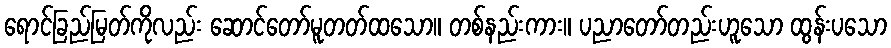
ရောင်ခြည်မြတ်ကိုလည်း ဆောင်တော်မူတတ်ထသော။ တစ်နည်းကား။ ပညာတော်တည်းဟူသော ထွန်းပသော